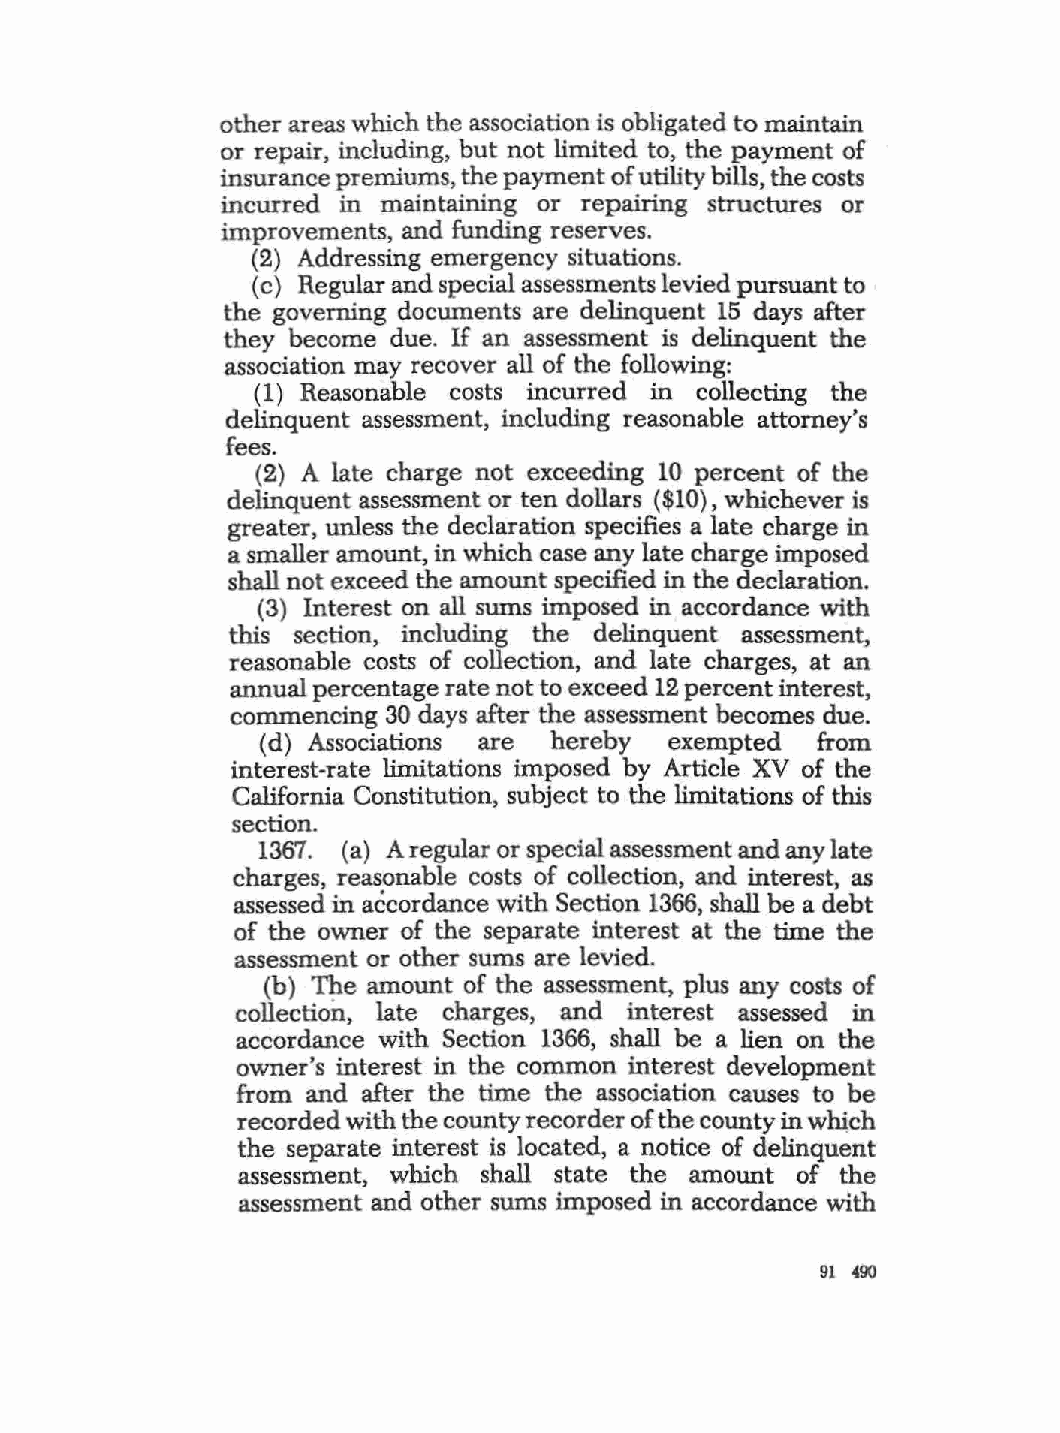
other areas which the association is obligated to maintain
 or repair, including, but not limited to, the payment of
 insurance premiums, the payment of utility bills, the costs
 incurred in maintaining or repairing structures or
 improvements, and funding reserves.
 (2) Addressing emergency situations.
 (c ) Regular and special assessments levied pursuant to
 the governing documents are delinquent 15 days after
 they become due. If an assessment is delinquent the
 association may recover all of the following:
 ( l) Reasonable costs incurred in collecting the
 delinquent assessment, including reasonable attorney's
 fees.
 (2) A late charge not exceeding 10 percent of the
 delinquent assessment or ten dollars ($10), whichever is
 greater, unless the declaration specifies a late charge in
 a smaller amount, in which case any late charge imposed
 shall not exceed the amount specified in the declaration.
 (3) Interest on all sums imposed in accordance with
 this section, including the delinquent assessment,
 reasonable costs of collection, and late charges, at an
 annual percentage rate not to exceed 12 percent interest,
 commencing 30 days after the assessment becomes due.
 (d ) Associations are hereby exempted from
 interest-rate limitations imposed by Article XV of the
 California Constitution, subject to the limitations of this
 section.
 1367. (a) A regular or special assessment and any late
 charges, reasonable costs of collection, and interest, as
 assessed in accordance with Section 1366, shall be a debt
 of the owner of the separate interest at the time the
 assessment or other sums are levied.
 (b) The amount of the assessment, plus any costs of
 collection, late charges, and interest assessed in
 accordance with Section 1366, shall be a lien on the
 owner's interest in the common interest development
 from and after the time the association causes to be
 recorded with the county recorder of the county in whi,ch
 the separate interest is located, a notice of delinquent
 assessment, which shall state the amount of the
 assessment and other sums imposed in accordance with
 91 490